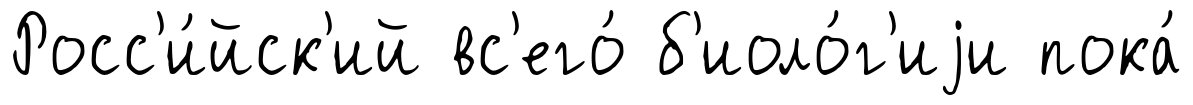
Росс'и́йск'ий вс'его́ б'иоло́г'иjи пока́